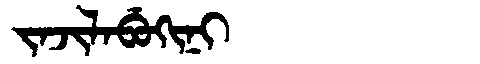
Manchu: ᠵᠠᠵᡳᠯᠠᠪᡠᡴᡳᠨᡳ
Romanization: JAJILABUKINI